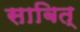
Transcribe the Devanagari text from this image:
साबित्